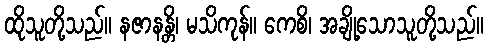
ထိုသူတို့သည်။ နဇာနန္တိ၊ မသိကုန်။ ကေစိ၊ အချို့သောသူတို့သည်။